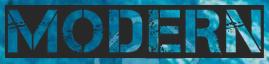
MODERN